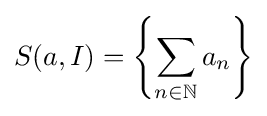
S(a,I)=\left\{\sum _{n\in \mathbb {N} }a_{n}\right\}